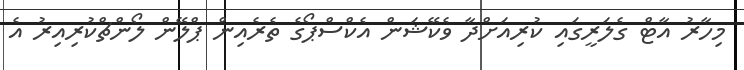
މިހާރު އާޓް ގެލަރީގައި ކުރިއަށްދާ ވެކޭޝަން އެކްސްޕޯގެ ތެރެއިން ޕްލޭން ލޯންޗްކުރިއިރު އެ